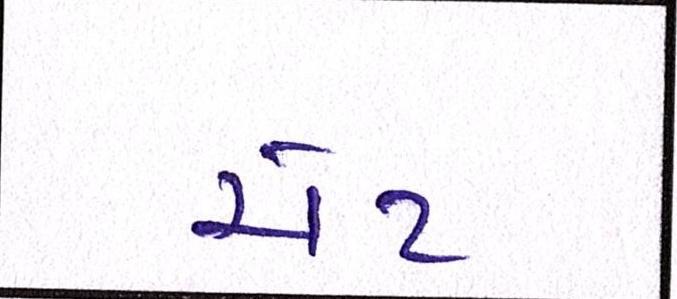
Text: ચેટ